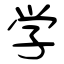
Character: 学